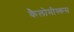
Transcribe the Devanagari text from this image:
कैलोमीस्कस